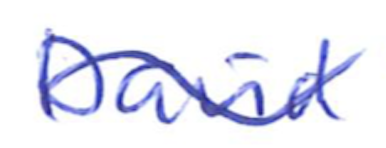
Text: David
Cross-out: wave
Writing tool: ballpoint